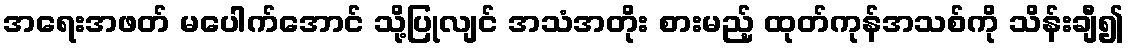
အရေးအဖတ် မပေါက်အောင် သို့ပြုလျင် အသံအတိုး စားမည့် ထုတ်ကုန်အသစ်ကို သိန်းချီ၍